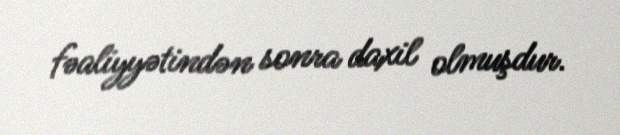
fəaliyyətindən sonra daxil olmuşdur.